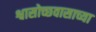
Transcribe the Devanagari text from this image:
श्वासोच्छवासाच्या